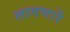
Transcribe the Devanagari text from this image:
लागणारें